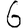
Digit: 6